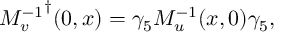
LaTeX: { M _ { v } ^ { - 1 } } ^ { \dagger } ( 0 , x ) = \gamma _ { 5 } M _ { u } ^ { - 1 } ( x , 0 ) \gamma _ { 5 } ,